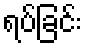
ရပ်ခြင်း